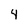
Character: 4